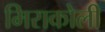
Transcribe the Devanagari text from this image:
मिराकोली